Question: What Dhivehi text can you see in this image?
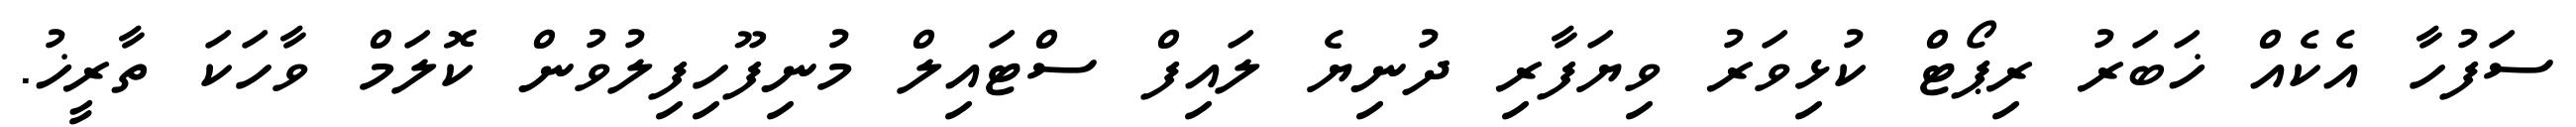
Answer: ސަފުހާ އެކެއް ޚަބަރު ރިޕޯޓް ކުޅިވަރު ވިޔަފާރި ދުނިޔެ ލައިފް ސްޓައިލް މުނިފޫހިފިލުވުން ކޮލަމް ވާހަކަ ތާރީޚު.